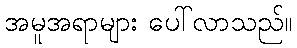
အမူအရာများ ပေါ်လာသည်။